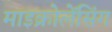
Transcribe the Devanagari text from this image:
माइक्रोलेंसिंग